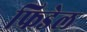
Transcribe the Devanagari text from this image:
फ्रिडेल